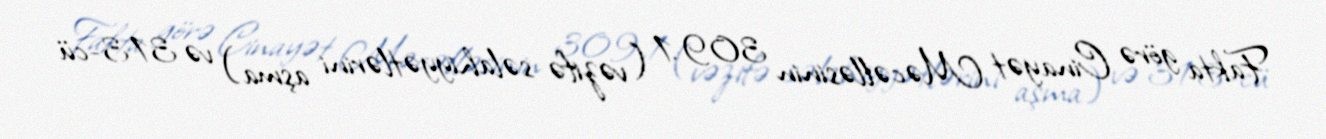
Fakta görə Cinayət Məcəlləsinin 309.1 (vəzifə səlahiyyətlərini aşma) və 313-cü